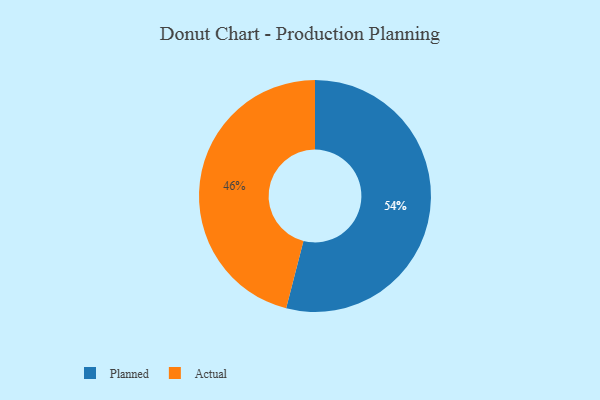
{"axis": {"x": "Category", "y": "Percentage"}, "legend": ["Actual", "Planned"], "data": [{"x": "Planned", "y": 54, "type": "Planned"}, {"x": "Actual", "y": 46, "type": "Actual"}]}